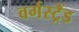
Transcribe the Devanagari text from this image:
वर्गस्ट्रैंड